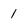
Character: 1